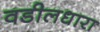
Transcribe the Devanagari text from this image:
वडीलधारा